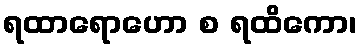
ရထာရောဟော စ ရထိကော၊